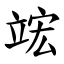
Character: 竤